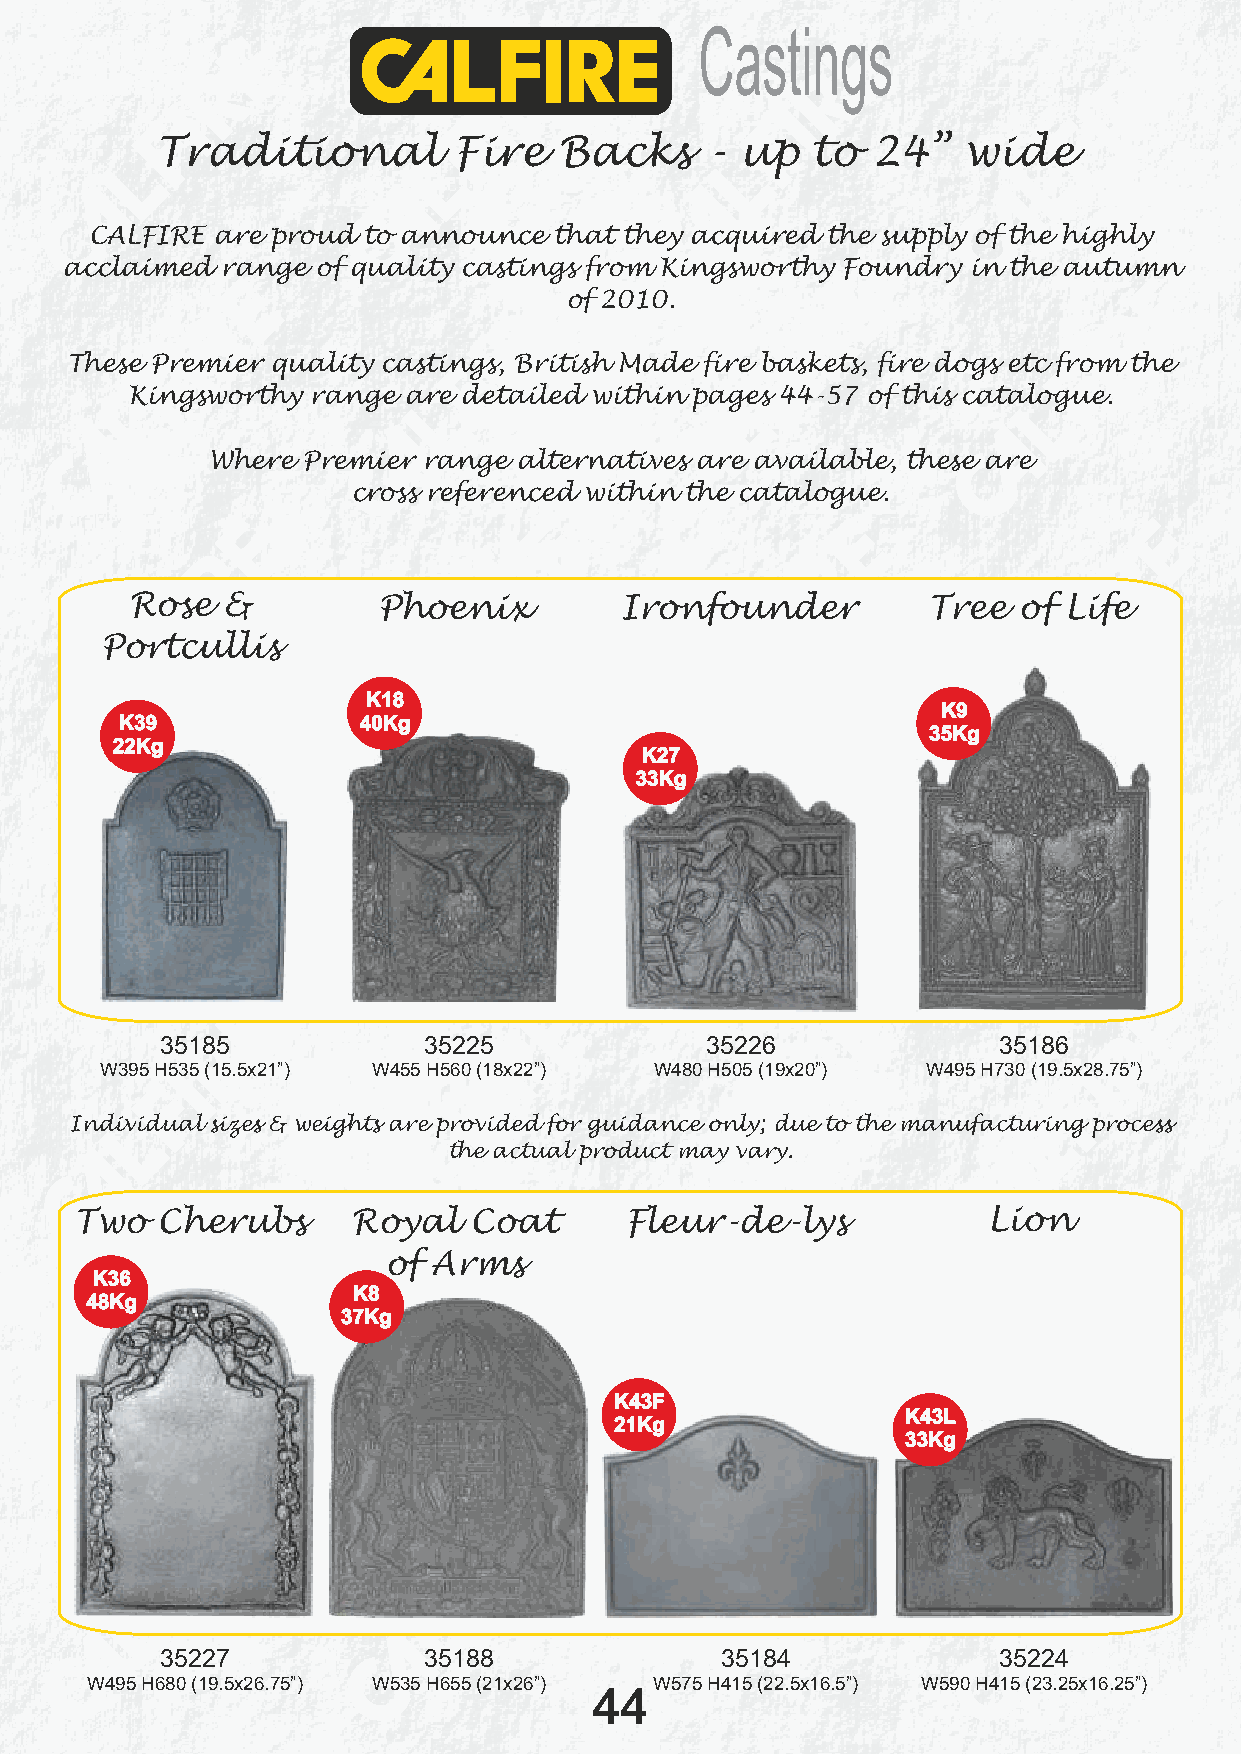
Castings
 Traditional         Fire   Backs     - up   to  24”   wide
 CALFIRE are proud to announce  that they acquired the supply of the highly
 acclaimed  range of quality castings from Kingsworthy Foundry in the autumn
 of 2010.
 These Premier quality castings, British Made fire baskets, fire dogs etc from the
 Kingsworthy  range are detailed within pages 44-57 of this catalogue.
 Where Premier range alternatives are available, these are
 cross referenced within the catalogue.
 Rose  &         Phoenix         Ironfounder         Tree  of Life
 Portcullis
 K18
 K9
 K39             40Kg
 35Kg
 22Kg
 K27
 33Kg
 35185            35225              35226              35186
 W395 H535 (15.5x21”) W455 H560 (18x22”) W480 H505 (19x20”) W495 H730 (19.5x28.75”)
 Individual sizes & weights are provided for guidance only; due to the manufacturing process
 the actual product may vary.
 Two  Cherubs      Royal   Coat      Fleur-de-lys            Lion
 of Arms
 K36
 K8
 48Kg
 37Kg
 K43F
 K43L
 21Kg
 33Kg
 35227            35188               35184             35224
 W495 H680 (19.5x26.75”) W535 H655 (21x26”) W575 H415 (22.5x16.5”) W590 H415 (23.25x16.25”)
 44